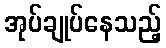
အုပ်ချုပ်နေသည့်